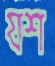
যশ